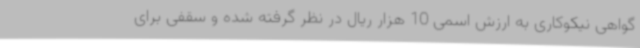
گواهی نیکوکاری به ارزش اسمی 10 هزار ریال در نظر گرفته شده و سقفی برای